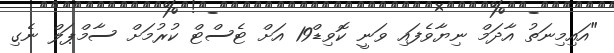
"އައިމިނަތު އާދަމް ނިޔާވެފައި ވަނީ ކޮވިޑް19 އަށް ޓެސްޓް ކުރުމަށް ސާމްޕަލް ނެގި